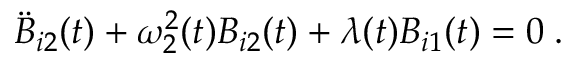
\ddot { B } _ { i 2 } ( t ) + \omega _ { 2 } ^ { 2 } ( t ) B _ { i 2 } ( t ) + \lambda ( t ) B _ { i 1 } ( t ) = 0 \; .